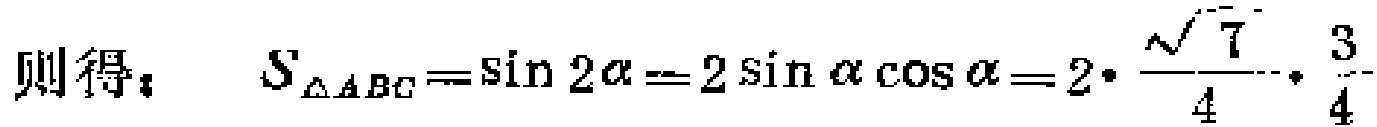
则得：\(S_{\triangle ABC}=\sin 2\alpha = 2\sin\alpha\cos\alpha = 2\cdot\frac{\sqrt{7}}{4}\cdot\frac{3}{4}\)